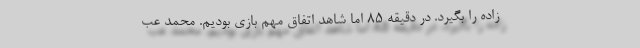
زاده را بگیرد. در دقیقه ۸۵ اما شاهد اتفاق مهم بازی بودیم. محمد عب